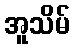
အူသိမ်